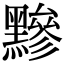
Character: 黲